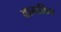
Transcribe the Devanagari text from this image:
वामशिव